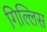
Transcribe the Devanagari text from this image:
गिल्लिस